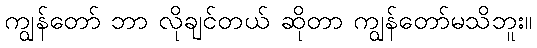
ကျွန်တော် ဘာ လိုချင်တယ် ဆိုတာ ကျွန်တော်မသိဘူး။